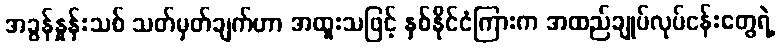
အခွန်နှုန်းသစ် သတ်မှတ်ချက်ဟာ အထူးသဖြင့် နှစ်နိုင်ငံကြားက အထည်ချုပ်လုပ်ငန်းတွေရဲ့